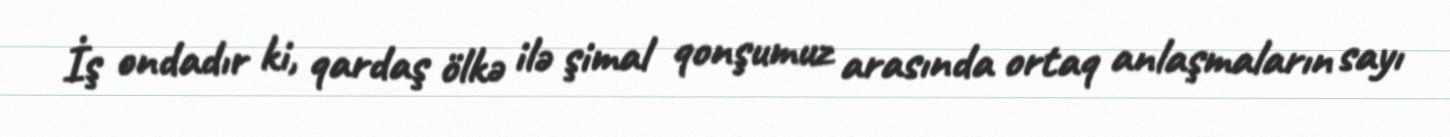
İş ondadır ki, qardaş ölkə ilə şimal qonşumuz arasında ortaq anlaşmaların sayı